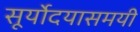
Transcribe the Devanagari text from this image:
सूर्योदयासमयी